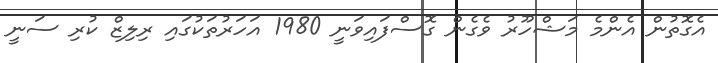
އެގޮތުން އެންމެ މަޝްހޫރު ވެގެން ގޮސްފައިވަނީ 1980 އަހަރުތަކުގައި ރިލިޒް ކުރި ސަނީ